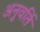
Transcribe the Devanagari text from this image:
अनुवर्ति